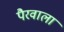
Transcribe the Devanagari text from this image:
पैरवाला